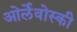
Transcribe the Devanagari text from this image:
ओर्लेवोस्की